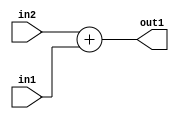
`timescale 1ps / 1ps
/*****************************************************************************
    Verilog RTL Description
    
    
    Created by: Stratus DpOpt 2019.1.01 
*******************************************************************************/

module st_weight_addr_gen_Add_16Ux6U_16U_4_6 (
	in2,
	in1,
	out1
	); /* architecture "behavioural" */ 
input [15:0] in2;
input [5:0] in1;
output [15:0] out1;
wire [15:0] asc001;

assign asc001 = 
	+(in2)
	+(in1);

assign out1 = asc001;
endmodule

/* CADENCE  ubLzTAk= : u9/ySgnWtBlWxVPRXgAZ4Og= ** DO NOT EDIT THIS LINE ******/